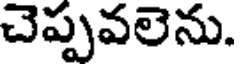
చెప్పవలెను.